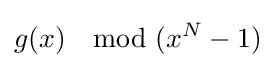
g(x)\mod (x^{N}-1)